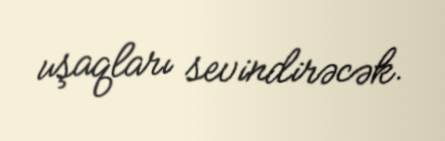
uşaqları sevindirəcək.